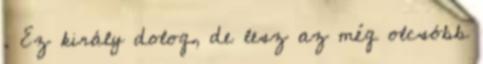
. Ez király dolog, de lesz az még olcsóbb